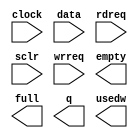
module small_fifo_test (
	clock,
	data,
	rdreq,
	sclr,
	wrreq,
	empty,
	full,
	q,
	usedw);

	input	  clock;
	input	[71:0]  data;
	input	  rdreq;
	input	  sclr;
	input	  wrreq;
	output	  empty;
	output	  full;
	output	[71:0]  q;
	output	[2:0]  usedw;

endmodule